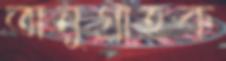
অনুগ্রাহক